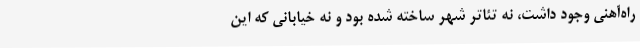
راه‌آهنی وجود داشت، نه تئاتر شهر ساخته شده بود و نه خیابانی که این